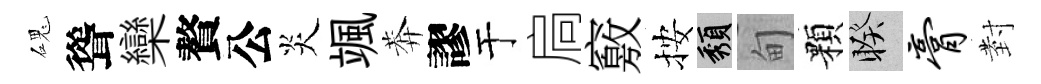
磈聳欒贅公炎颯莾謬于扃竅按頽甸顆睽膏𭔹